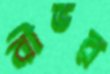
বীভর